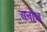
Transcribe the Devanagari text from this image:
अर्नाज